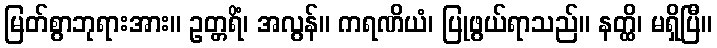
မြတ်စွာဘုရားအား။ ဥတ္တရိံ၊ အလွန်။ ကရဏိယံ၊ ပြုဖွယ်ရာသည်။ နတ္ထိ၊ မရှိပြီ။